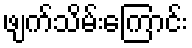
ဖျက်သိမ်းကြောင်း